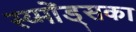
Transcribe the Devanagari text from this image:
स्य्मोंड्सका